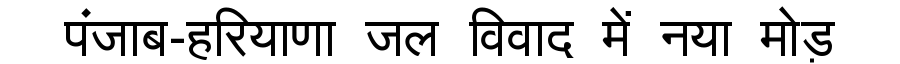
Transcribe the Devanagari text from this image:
पंजाब-हरियाणा जल विवाद में नया मोड़